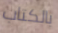
بالكتاب